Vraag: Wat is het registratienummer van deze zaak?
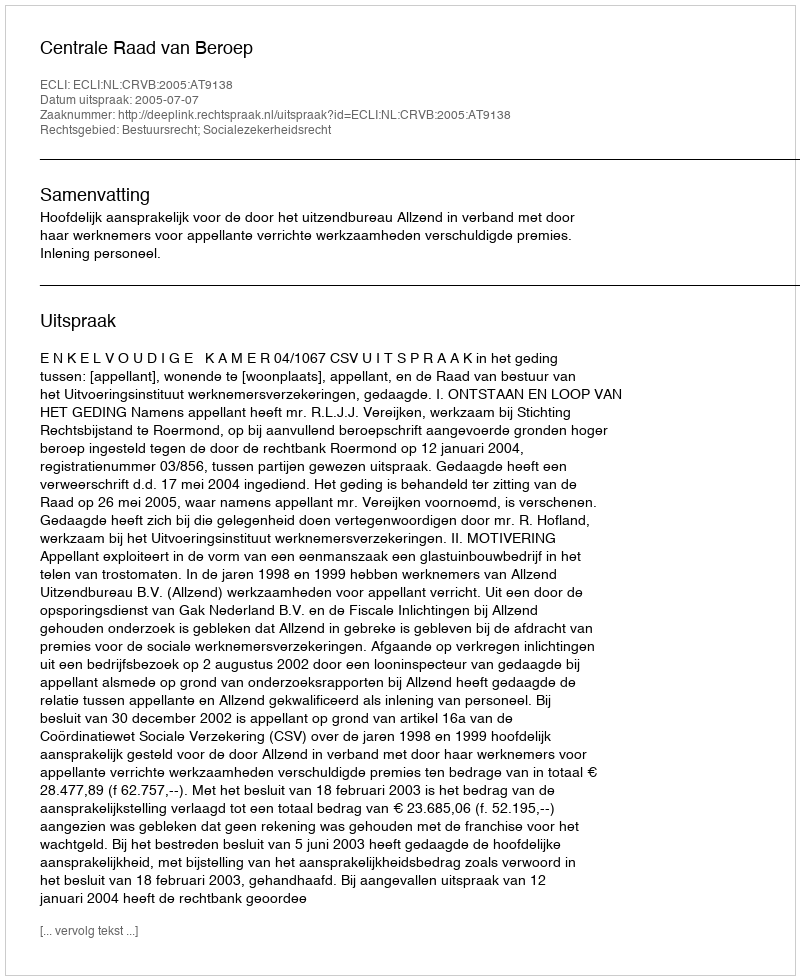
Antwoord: http://deeplink.rechtspraak.nl/uitspraak?id=ECLI:NL:CRVB:2005:AT9138